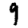
Digit: 9